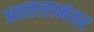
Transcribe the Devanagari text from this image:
अवतारानंतर